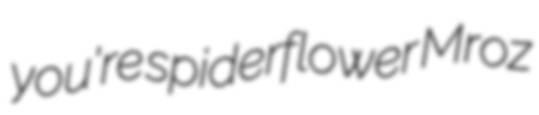
you're spiderflower Mroz